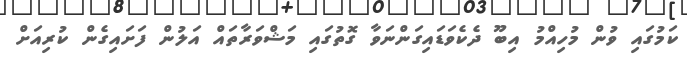
ކަމުގައި ވުން މުހިއްމު އިބޫ ދެކެވަޑައިގަންނަވާ ގޮތުގައި މަޝްވަރާތައް އަލުން ފަށައިގެން ކުރިއަށް